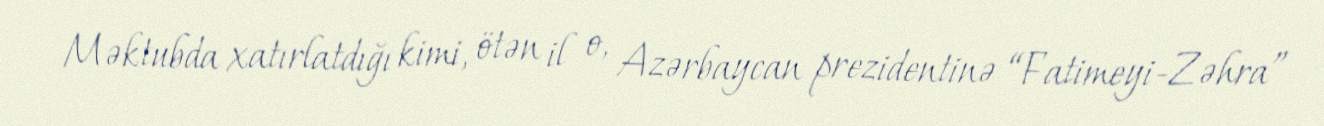
Məktubda xatırlatdığı kimi, ötən il o, Azərbaycan prezidentinə “Fatimeyi-Zəhra”